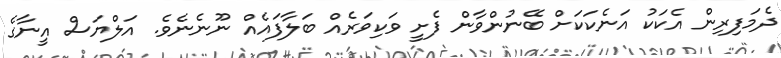
ދެމަފިރިން އެކަކު އަނެކަކަށް ބޭނުންވާން ފެށީ ވަކިވަރެއް ބަލާފައެއް ނޫނެނެވެ. އަލްޔަސް އީނާގެ